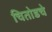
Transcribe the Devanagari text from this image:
चितोडचे